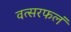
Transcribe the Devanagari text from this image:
वत्सरफलं